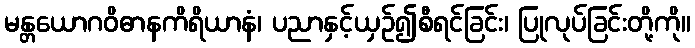
မန္တယောဂဝိဓာနကိရိယာနံ၊ ပညာနှင့်ယှဉ်၍စီရင်ခြင်း၊ ပြုလုပ်ခြင်းတို့ကို။